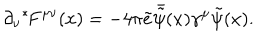
LaTeX: \partial _ { \nu } { } ^ { * } \! F ^ { \mu \nu } ( x ) = - 4 \pi \tilde { e } \bar { \tilde { \psi } } ( x ) \gamma ^ { \mu } \tilde { \psi } ( x ) .